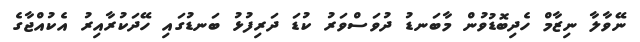
ނޭވާލާ ނިޒާމް ހެދިބޮޑުވުން މާބަނޑު ދުވަސްވަރު ކުޑަ ދަރިފުޅު ބަނޑުގައި ހޭދަކުރާއިރު އެކުއްޖާގެ